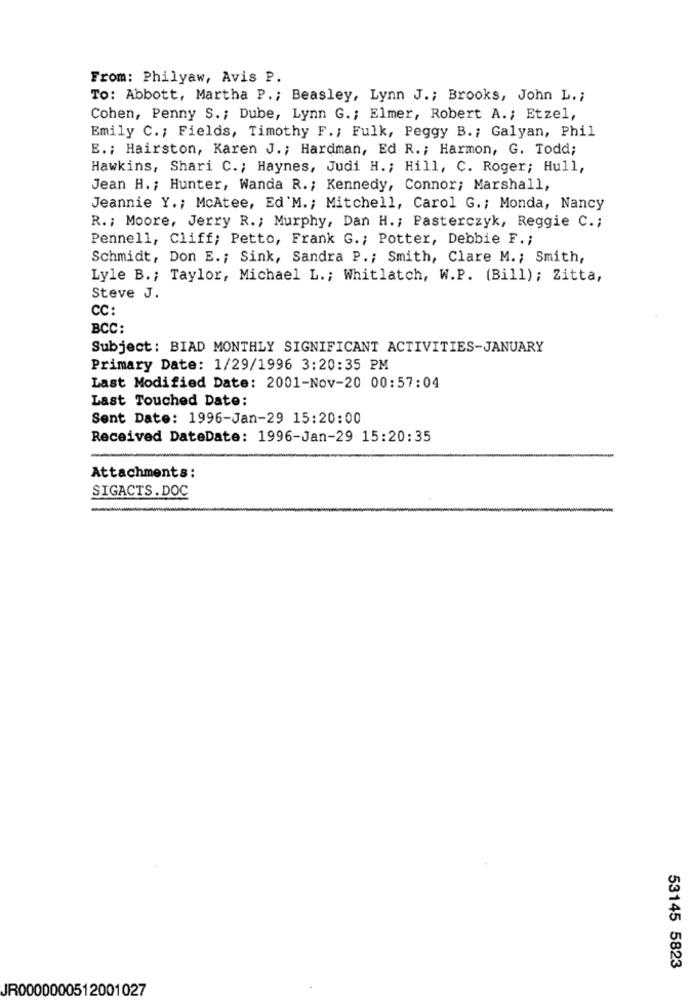
From: Philyaw, Avis P.
To: Abbott, Martha P .; Beasley, Lynn J .; Brooks, John L .;
Cohen, Penny S .; Dube, Lynn G .; Elmer, Robert A .; Etzel,
Emily C. ; Fields, Timothy F .; Fulk, Peggy B .; Galyan, Phil
E .; Hairston, Karen J .; Hardman, Ed R .; Harmon, G. Todd;
Hawkins, Shari C .; Haynes, Judi H .; Hill, C. Roger; Hull,
Jean H .; Hunter, Wanda R .; Kennedy, Connor; Marshall,
Jeannie Y .; McAtee, Ed'M .; Mitchell, Carol G .; Monda, Nancy
R .; Moore, Jerry R .; Murphy, Dan H .; Pasterczyk, Reggie C .;
Pennell, Cliff; Petto, Frank G .; Potter, Debbie F .;
Schmidt, Don E .; Sink, Sandra P .; Smith, Clare M .; Smith,
Lyle B .; Taylor, Michael L .; Whitlatch, W.P. (Bill); Zitta,
Steve J.
CC:
BCC:
Subject: BIAD MONTHLY SIGNIFICANT ACTIVITIES-JANUARY
Primary Date: 1/29/1996 3:20:35 PM
Last Modified Date: 2001-Nov-20 00:57:04
Last Touched Date:
Sent Date: 1996-Jan-29 15:20:00
Received DateDate: 1996-Jan-29 15:20:35
-
Attachments:
SIGACTS . DOC
53145 5823
JR0000000512001027